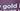
gold